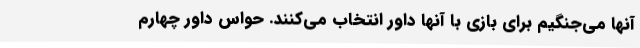
آنها می‌جنگیم برای بازی با آنها داور انتخاب می‌کنند. حواس داور چهارم